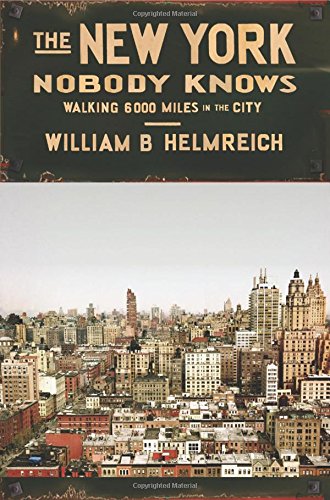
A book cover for The New York Nobody Knows: Walking 6,000 Miles in the City; William B. Helmreich; Politics & Social Sciences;